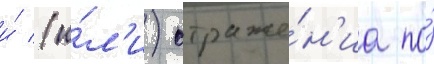
и́ (и́л'и) отраже́н'иа по́